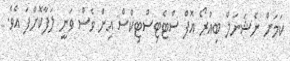
ކަމަށް ނެޝަނަލް ބިއުރޯ އޮފް ސްޓެޓިސްޓިކްސް އިން ވެސް ވަނީ ލަފާކޮށްފަ އެވެ.